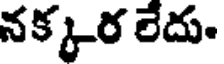
నక్కర లేదు.